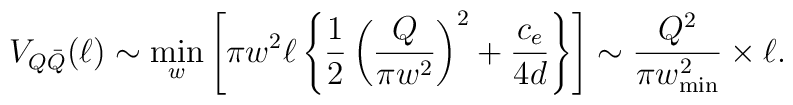
V_{Q \bar{Q}}(\ell) \sim \min_{w} \left[\pi w^2 \ell \left\{ \frac{1}{2} \left( \frac{Q}{\pi w^2 } \right)^2 + \frac{c_{e}}{4 d } \right\} \right] \sim \frac{Q^2}{\pi w_{\rm min}^2 }\times \ell.